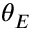
\theta _ { E }